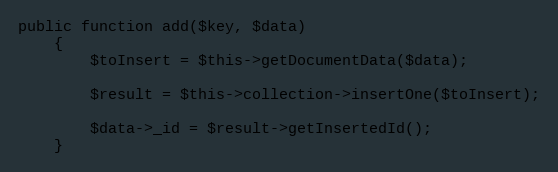
Language: PHP
public function add($key, $data)
    {
        $toInsert = $this->getDocumentData($data);

        $result = $this->collection->insertOne($toInsert);

        $data->_id = $result->getInsertedId();
    }